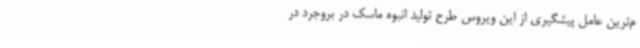
م‌ترین عامل پیشگیری از این ویروس طرح تولید انبوه ماسک در بروجرد در